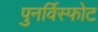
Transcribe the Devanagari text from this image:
पुनर्विस्फोट